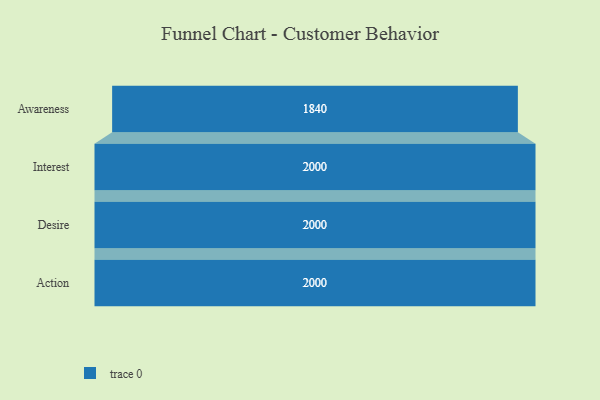
{"axis": {"x": "Stage", "y": "Value"}, "legend": [""], "data": [{"x": "Awareness", "y": 1840.0, "type": ""}, {"x": "Interest", "y": 2000, "type": ""}, {"x": "Desire", "y": 2000, "type": ""}, {"x": "Action", "y": 2000, "type": ""}]}